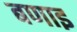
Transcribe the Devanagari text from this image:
बणाइ